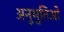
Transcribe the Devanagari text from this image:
अनुभुतिओ